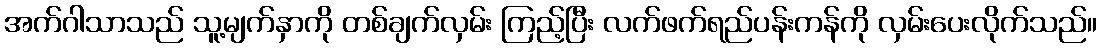
အက်ဂါသာသည် သူ့မျက်နှာကို တစ်ချက်လှမ်း ကြည့်ပြီး လက်ဖက်ရည်ပန်းကန်ကို လှမ်းပေးလိုက်သည်။